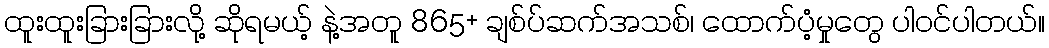
ထူးထူးခြားခြားလို့ ဆိုရမယ့် နဲ့အတူ 865+ ချစ်ပ်ဆက်အသစ်၊ ထောက်ပံ့မှုတွေ ပါဝင်ပါတယ်။